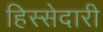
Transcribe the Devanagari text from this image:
हिस्‍सेदारी